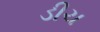
ડીચ